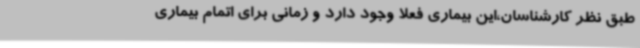
طبق نظر کارشناسان،این بیماری فعلا وجود دارد و زمانی برای اتمام بیماری